Bréfritari: Ragnheiður Daníelsdóttir
Viðtakandi: Daníel Halldórsson og Jakobína Magnúsdóttir
Dagsetning: A-1886-12-03
Skrifað á: Reykjavík  Gull.
Ragnheiður var dóttir Daníels og Jakobínu

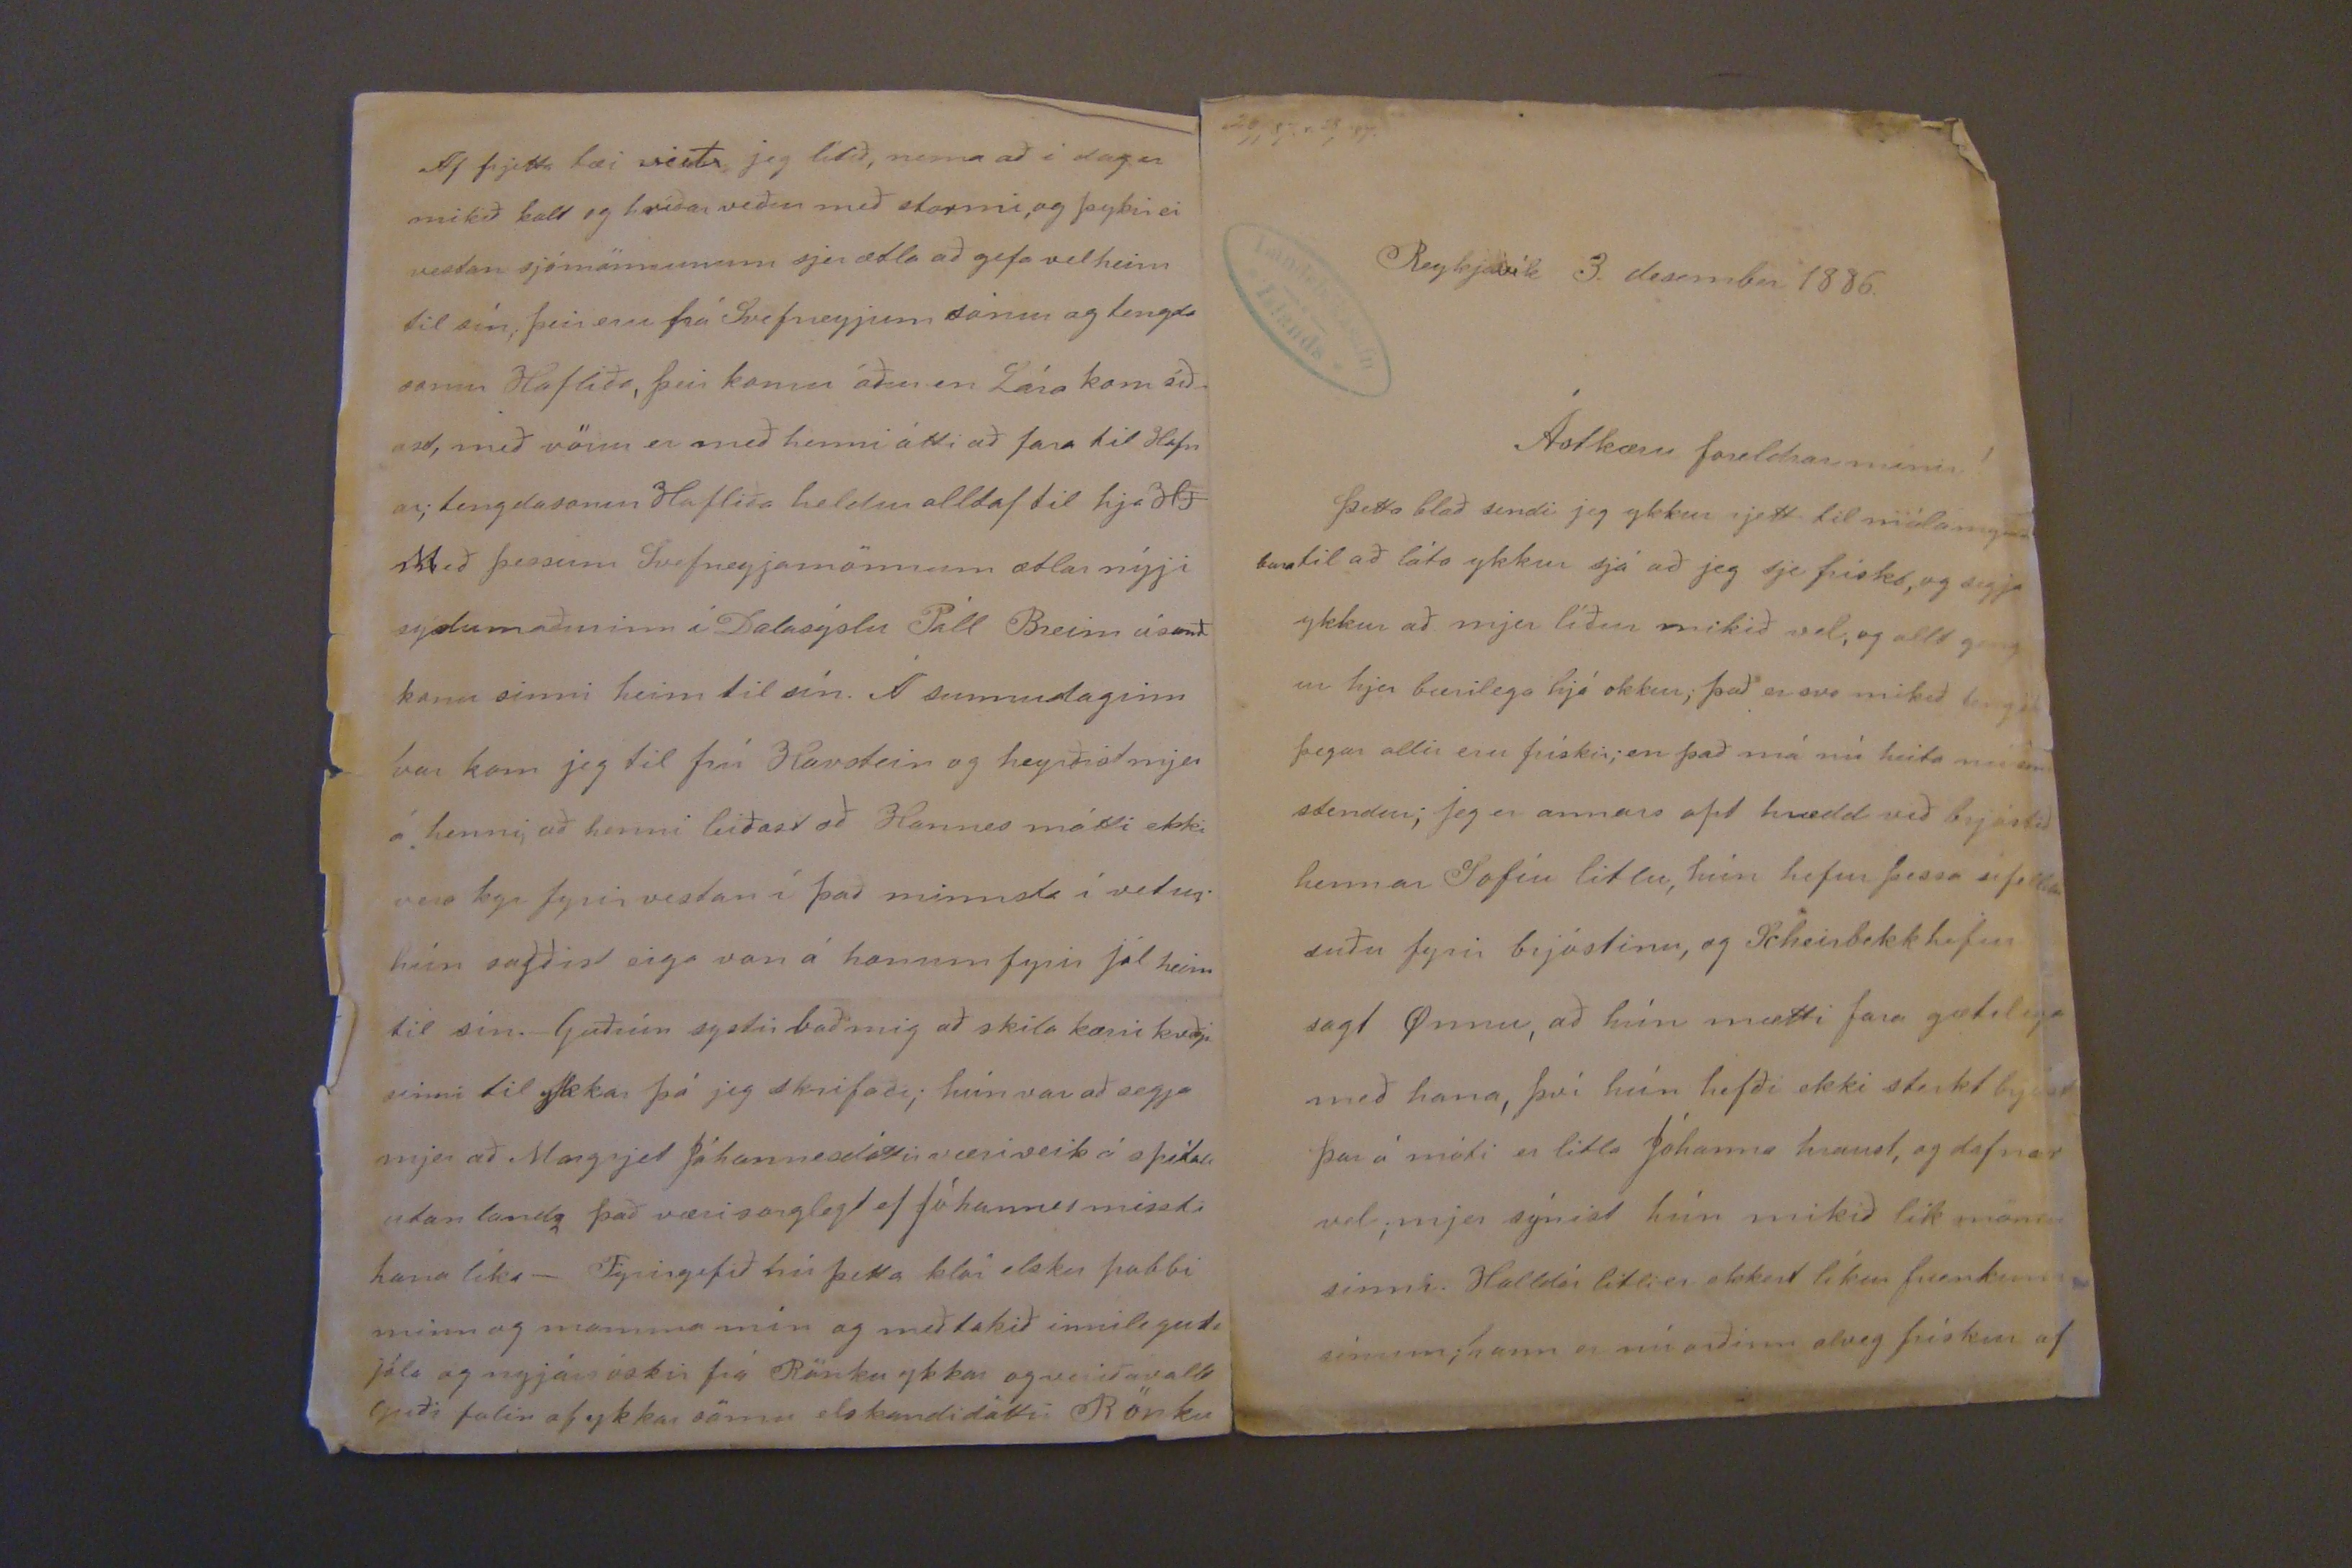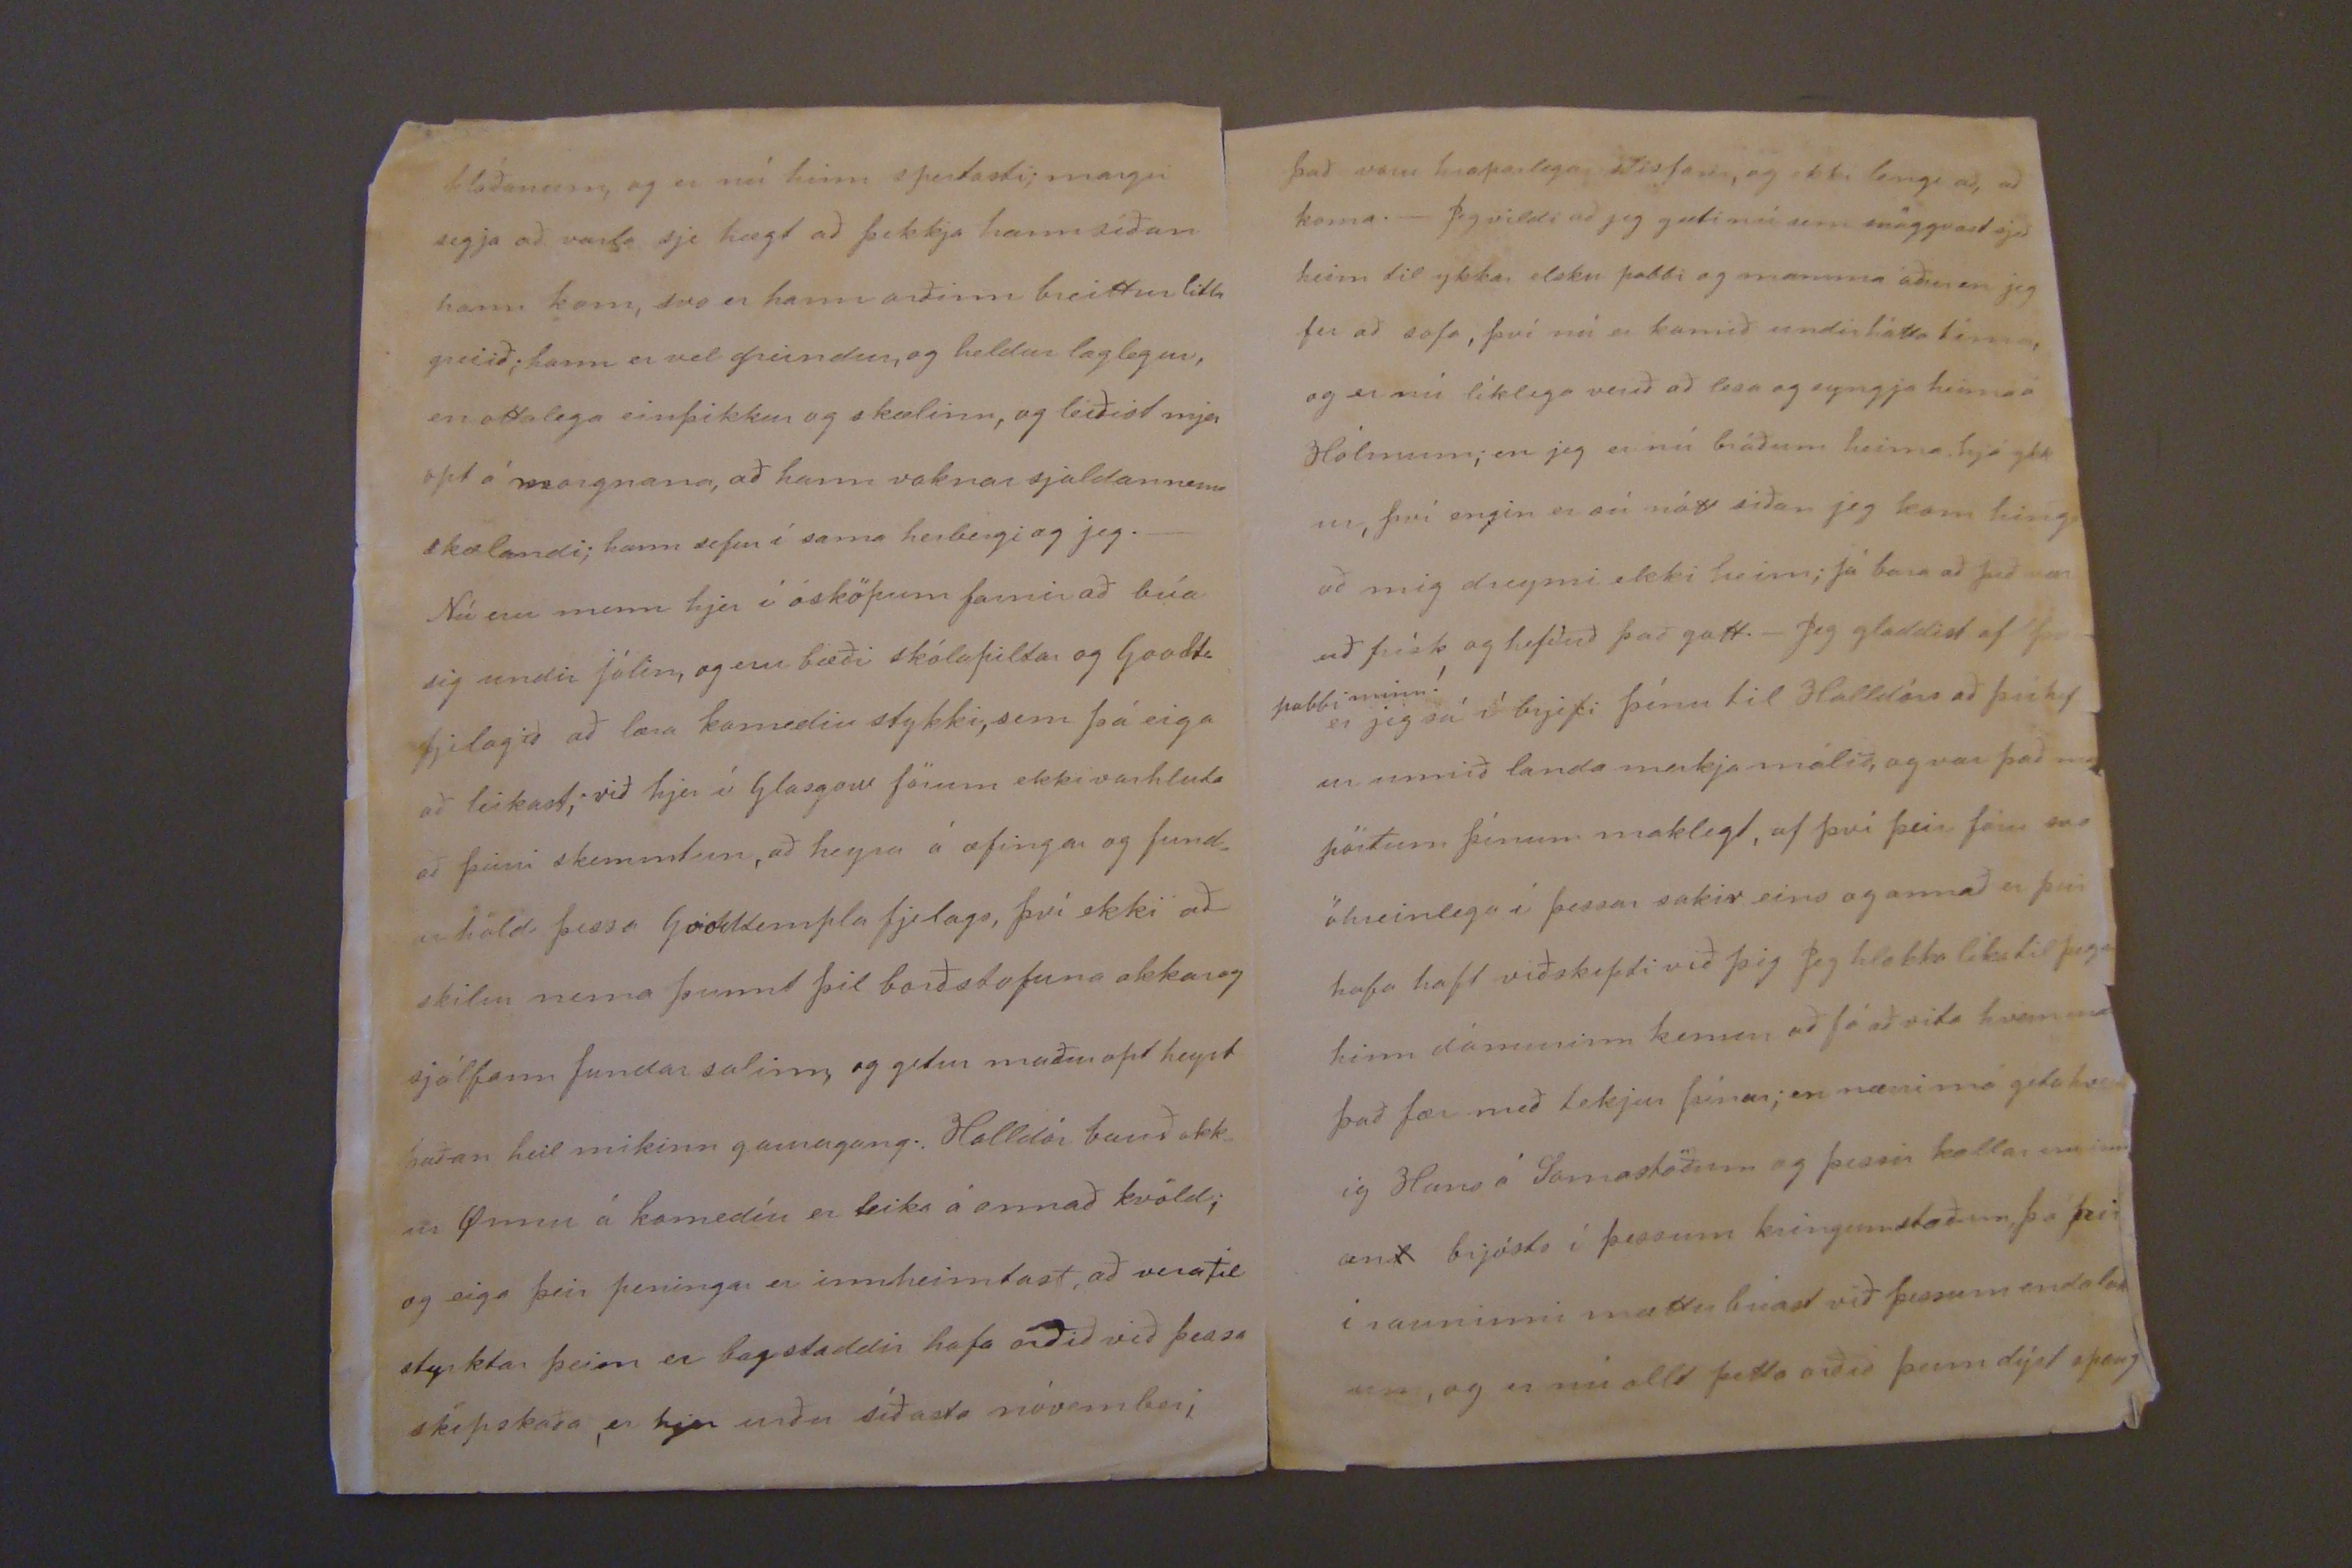

26/1 87. r 28/1 87.
Reykjavík 3. desember 1886.
Ástkæru foreldrar mínir!
Þetta blað sendi jeg ykkur rjett til málamynd bara til að láta ykkur sjá að jeg sje frísks, og segja ykkur að mjer líður mikið vel, og allt geng ur hjer bærilega hjá okkur; það er svo mikið
fengið
þegar allir eru frískir; en það má nú heita nú
sem
stendur; jeg er annars opt hrædd við brjóstið hennar Sofíu litlu, hún hefur þessa sífellu suðu fyrir brjóstinu, og Scheirbekk hefur sagt Önnu, að hún mætti fara gætilega með hana, því hún hefði ekki sterkt brjóst þar á móti en litla Jóhanna hraust, og dafnar vel; mjer sýnist hún mikið lík mömu sinni. Halldór litli er ekkert líkur frænkum sínum; hann er nú orðinn alveg frískur af
kláðanum, og er nú hinn spertasti; margir segja að varla sje hægt að þekkja hann síðan hann kom, svo er hann orðinn breittur litla greiið; hann er vel greindur, og heldur laglegur, en ottalega einþikkur og skælinn, og leiðist mjer opt á morgnana, að hann vaknar sjaldan nema skælandi; hann sefur í sama herbergi og jeg._ Nú eru menn hjer í ósköpum farnir að búa sig undir jólin, og eru bæði skólapiltar og
Goodta
fjelagið að læra komediu stykki, sem þá eiga að leikast; við hjer í Glasgow förum ekki varhluta að þeirri skemmtun, að heyra á æfingar og fund= arhöld þessa
Goo00empla
fjelags, því ekki að skilur nema þunnt þil borðstofuna okkar og sjálfann fundar salinn, og getur maður opt heyrt þaðan heil mikinn gauragang. Halldór bauð okk_ ur Önnu á komedíu er leika á annað kvöld; og eiga þeir peningar er innheimtast, að vera til styrktar þeim er bagstaddir hafa orðið við þessa skipskaða, er hjer verða síðasta nóvember;
það væru hraparlega
sti0fa000
, og ekki legni að, að koma._ Jeg vildi að jeg gæti nú sem snöggvast sjeð heim til ykkar elsku pabbi og mamma áður en jeg fer að sofa, því nú er komið undir hátta tíma, og er nú líklega verið að lesa og syngja heima á Hólmum; en jeg er nú bráðum heima hjá ykk ur, því engin er sú nótt síðan jeg kom hing= að mig dreymi ekki heim; já bara að þið vær uð frísk og hefðuð það gott._ Jeg gladdist af því
pabbi minn!
er jeg sá í brjefi þínu til Halldórs að þú hef ur unnið landa merkja málið, og var það
m
pörtum þínum maklegt, af því þeir fáu svo óhreinlega í þessar sakir eins og annað er því hafa haft viðskipti við þig Jeg hlakka líka til þegar heim dómurinn kemur að fá að vita hvern
m
það fær með tekjur þínar; en nærri má geta hvern ig Hans á Samastöðum og þessir kallar, eru inn an brjósts í þessum kringumstæðum, þá þeir í rauninni mættu búast við þessum endalok um, og er nú allt þetta orðið þeim dýrt spaug
Af frjetta tæi veit, jeg lítið, nema að i dag er mikið kalt og hríðarveður með stormi, og þykir ei
vestan
sjómönnunum sjer ætla að gefa vel heim til sín; þeir eru frá Svefneyjum
sonur
og tengda sonur Hafliða, þeir komu áður en Lára kom síð_ ast, með
rönu
er með henni átti að fara til Hafn ar; tengdasonur Hafliða heldur alltaf til hja H
J
Með þessum Svefneyjamönnum ætlar nýji sýslumaðurinn í Dalasýslu Páll
Breim
ásamt konu sinni heim til sín. Á sunnudaginn var kom jeg til frú Havstein og heyrðist mjer á henni; að henni leiðast að Hannes mátti ekki vera kyr fyrir vestan í það minnsta í vetur hún sagðist eiga von á honum fyrir jól heim til sín. Guðrún systir bað mig að skila kærri kveðju sinni til ykkar þá jeg skrifaði; hún var að segja mjer að Margrjet Jóhannesdóttir væri veik á spítala utan landa það væri sorglegt ef Jóhannes missti hana líka_ Fyrirgefið nú þetta klór elsku pabbi minn og mamma mín og meðtakið innilegustu jóla og nyjárs óskir frá Rönku ykkar og verið ávallt Guði falin af ykkar sömu elskandi dóttir
Rönku